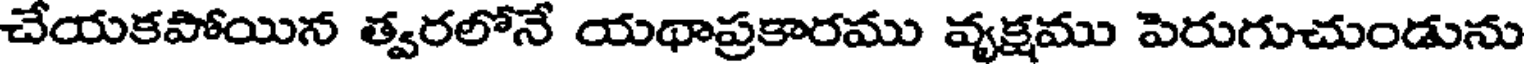
చేయకపోయిన త్వరలోనే యథాప్రకారము వ్యక్షము పెరుగుచుండును